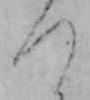
つ